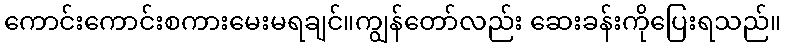
ကောင်းကောင်းစကားမေးမရချင်။ကျွန်တော်လည်း ဆေးခန်းကိုပြေးရသည်။